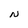
Character: N